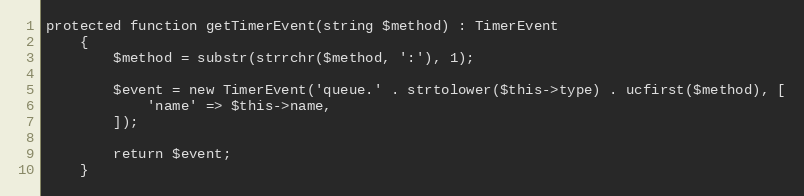
Language: PHP
protected function getTimerEvent(string $method) : TimerEvent
    {
        $method = substr(strrchr($method, ':'), 1);

        $event = new TimerEvent('queue.' . strtolower($this->type) . ucfirst($method), [
            'name' => $this->name,
        ]);

        return $event;
    }